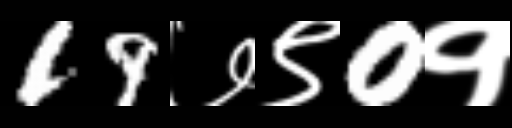
Text: 19७९0१